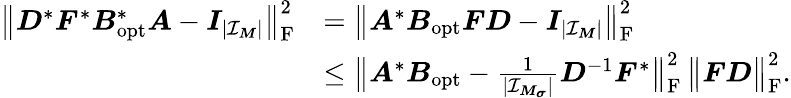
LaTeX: \begin{array}{rl}{\big\| \boldsymbol D^{*}\boldsymbol F^{*}\boldsymbol B_{\mathrm{opt}}^{*}\boldsymbol A-\boldsymbol I_{|\mathcal I_{\boldsymbol M}|}\big\| _{\mathrm F}^{2}}&{=\big\| \boldsymbol A^{*}\boldsymbol B_{\mathrm{opt}}\boldsymbol F\boldsymbol D-\boldsymbol I_{|\mathcal I_{\boldsymbol M}|}\big\| _{\mathrm F}^{2}}\\ &{\leq\big\| \boldsymbol A^{*}\boldsymbol B_{\mathrm{opt}}-\frac{1}{|\mathcal I_{\boldsymbol M_{\boldsymbol\sigma}}|}\boldsymbol D^{-1}\boldsymbol F^{*}\big\| _{\mathrm F}^{2}\, \big\| \boldsymbol F\boldsymbol D\big\| _{\mathrm F}^{2}.}\end{array}